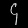
Digit: ၄